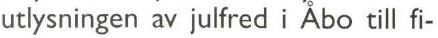
utlysningen av julfred i Åbo till fi-